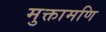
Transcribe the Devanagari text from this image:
मुक्तामणि